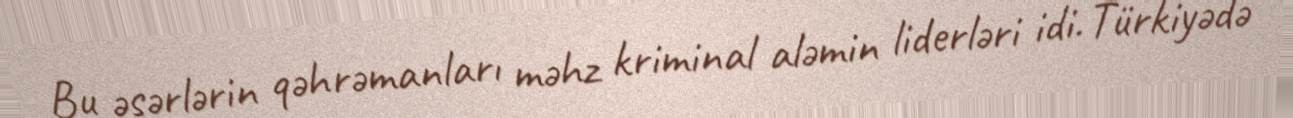
Bu əsərlərin qəhrəmanları məhz kriminal aləmin liderləri idi. Türkiyədə